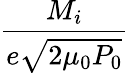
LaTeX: \frac{M_{i}}{e\sqrt{2\mu_{0}P_{0}}}